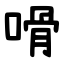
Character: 嗗